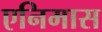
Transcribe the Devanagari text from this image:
एनिमास